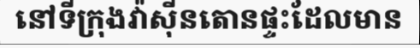
នៅទីក្រុងវ៉ាស៊ីនតោនផ្ទះដែលមាន